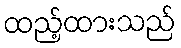
ထည့်ထားသည်